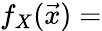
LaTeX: f_{X}({\vec{x}})=